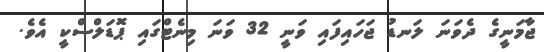
ޖާމަނީގެ ދެވަނަ ލަނޑު ޖަހައިފައި ވަނީ 32 ވަނަ މިނެޓްގައި ޕޮޑަލްސްކީ އެވެ.